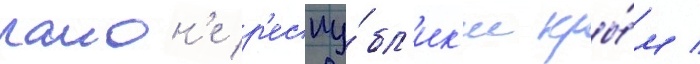
раион'е р'еспу́бл'ик'и кры́м /